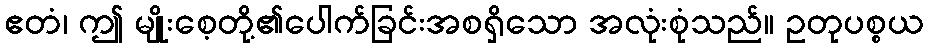
ဧတံ၊ ဤ မျိုးစေ့တို့၏ပေါက်ခြင်းအစရှိသော အလုံးစုံသည်။ ဥတုပစ္စယ